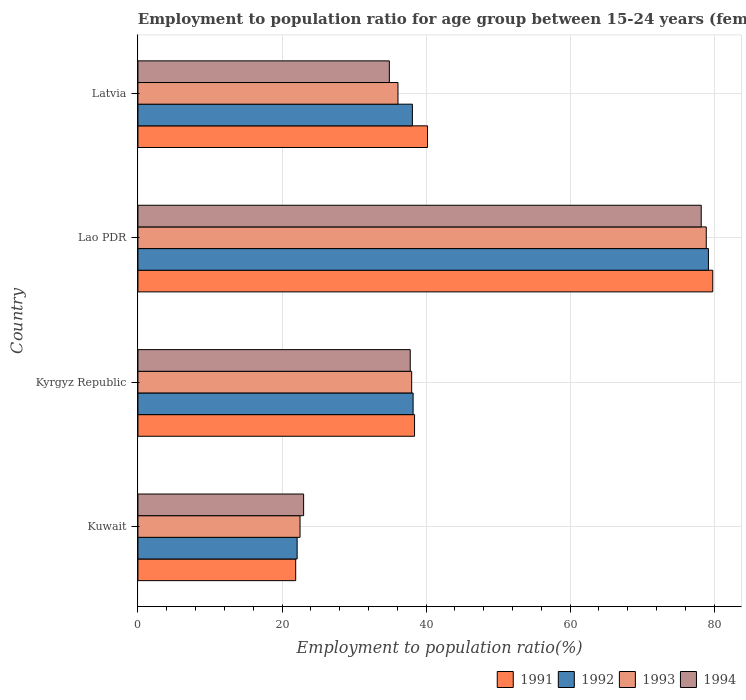
| Country | 1991 | 1992 | 1993 | 1994 |
 | --- | --- | --- | --- | --- |
 | Kuwait | 21.9 | 22.1 | 22.5 | 23 |
 | Kyrgyz Republic | 38.4 | 38.2 | 38 | 37.8 |
 | Lao PDR | 79.8 | 79.2 | 78.9 | 78.2 |
 | Latvia | 40.2 | 38.1 | 36.1 | 34.9 |